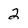
Character: 2